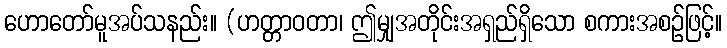
ဟောတော်မူအပ်သနည်း။ (ဟတ္တာဝတာ၊ ဤမျှအတိုင်းအရှည်ရှိသော စကားအစဉ်ဖြင့်။